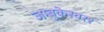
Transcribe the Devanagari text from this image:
जम्बुकेस्वरर